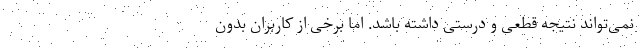
نمی‌تواند نتیجه قطعی و درستی داشته باشد. اما برخی از کاربران بدون